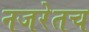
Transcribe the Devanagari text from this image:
नजरेतच